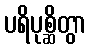
ပရိပုစ္ဆိတွာ